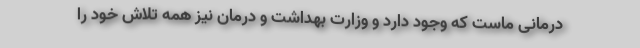
درمانی ماست که وجود دارد و وزارت بهداشت و درمان نیز همه تلاش خود را